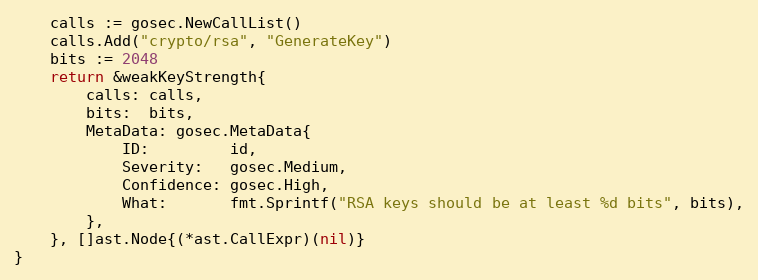
Language: Go
	calls := gosec.NewCallList()
	calls.Add("crypto/rsa", "GenerateKey")
	bits := 2048
	return &weakKeyStrength{
		calls: calls,
		bits:  bits,
		MetaData: gosec.MetaData{
			ID:         id,
			Severity:   gosec.Medium,
			Confidence: gosec.High,
			What:       fmt.Sprintf("RSA keys should be at least %d bits", bits),
		},
	}, []ast.Node{(*ast.CallExpr)(nil)}
}